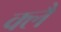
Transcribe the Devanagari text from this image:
क्लै